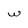
Character: w